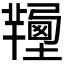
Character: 𦏚